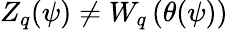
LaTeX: Z_{q}(\psi)\neq W_{q}\left(\theta(\psi)\right)